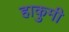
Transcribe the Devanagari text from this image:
हाकुमी